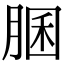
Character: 䐃